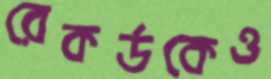
রেকর্ডকেও